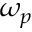
\omega _ { p }